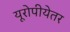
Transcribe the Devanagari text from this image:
यूरोपीयेतर